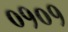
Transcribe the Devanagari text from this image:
०१०१